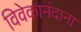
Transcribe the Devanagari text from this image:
विवेकानंदाना